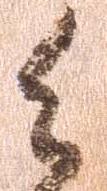
御